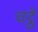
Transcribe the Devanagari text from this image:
चट्ठे